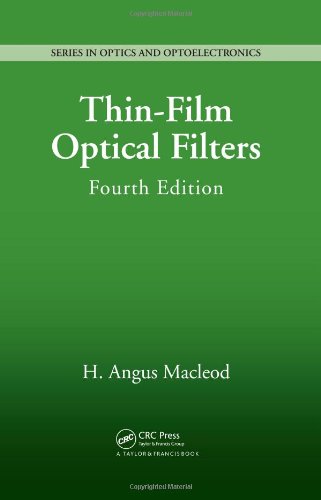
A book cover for Thin-Film Optical Filters, Fourth Edition (Series in Optics and Optoelectronics); H. Angus MacLeod; Science & Math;